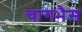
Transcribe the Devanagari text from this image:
चागभैस